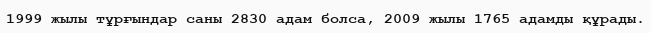
1999 жылы тұрғындар саны 2830 адам болса, 2009 жылы 1765 адамды құрады.